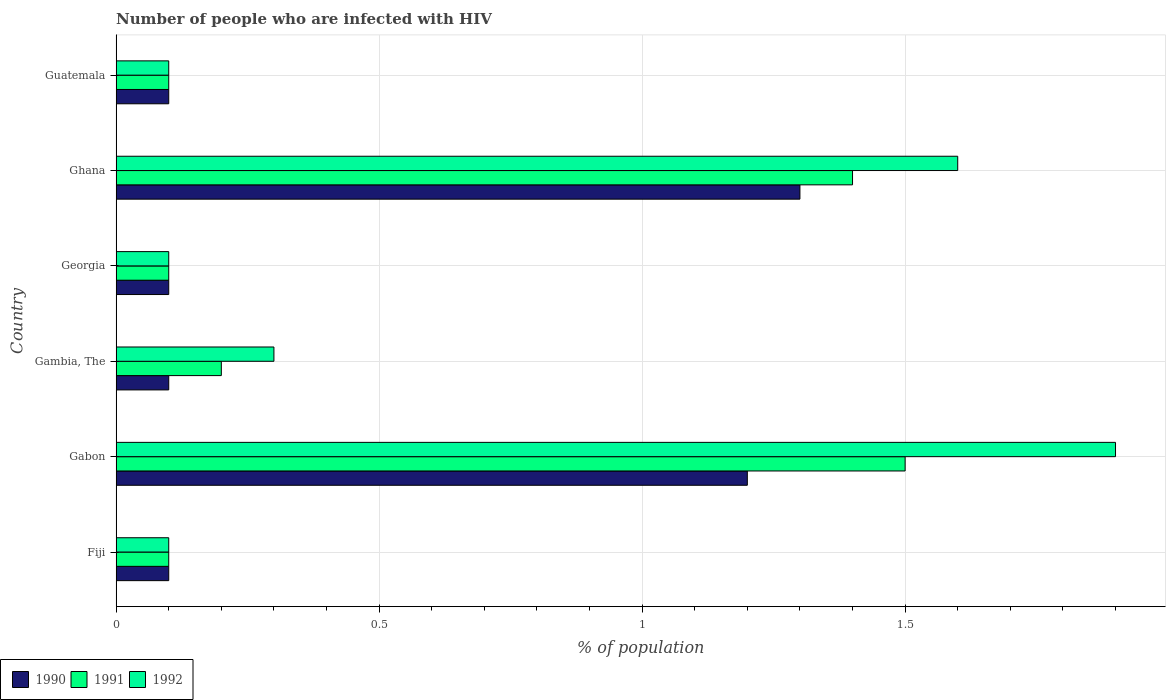
| Country | 1990 | 1991 | 1992 |
 | --- | --- | --- | --- |
 | Fiji | 0.1 | 0.1 | 0.1 |
 | Gabon | 1.2 | 1.5 | 1.9 |
 | Gambia, The | 0.1 | 0.2 | 0.3 |
 | Georgia | 0.1 | 0.1 | 0.1 |
 | Ghana | 1.3 | 1.4 | 1.6 |
 | Guatemala | 0.1 | 0.1 | 0.1 |